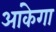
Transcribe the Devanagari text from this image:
आंकेगा